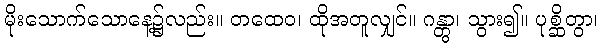
မိုးသောက်သောနေ့၌လည်း။ တထေဝ၊ ထိုအတူလျှင်။ ဂန္တွာ၊ သွား၍။ ပုစ္ဆိတွာ၊